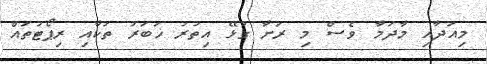
މިއަދާއި މާދަމާ ވެސް މި ރަށާ ގުޅޭ އިތުރު ޚަބަރު ތަކާއި ރިޕޯޓުތައް